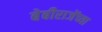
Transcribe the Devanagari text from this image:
बेबीराजेंच्या